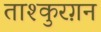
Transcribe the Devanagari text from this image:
ताश्कुरग़न